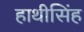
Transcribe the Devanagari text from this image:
हाथीसिंह